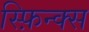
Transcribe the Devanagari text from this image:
स्फ़िन्क्स